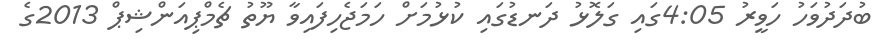
ބުދަދުވަހު ހަވީރު 4:05ގައި ގަލޮޅު ދަނޑުގައި ކުޅުމަށް ހަމަޖެހިފައިވާ ޔޫތު ޗެމްޕިއަންޝިޕް 2013ގެ